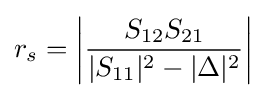
r_{s}=\left|{\frac {S_{12}S_{21}}{|S_{11}|^{2}-|\Delta |^{2}}}\right|